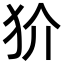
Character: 𭷼